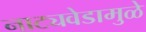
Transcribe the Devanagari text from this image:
नाट्यवेडामुळे